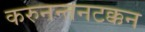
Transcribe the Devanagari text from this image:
करुनन्तनटक्कन